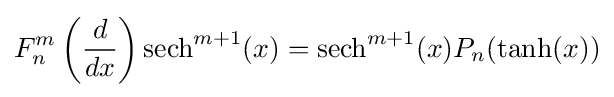
F_{n}^{m}\left({\frac {d}{dx}}\right)\operatorname {sech} ^{m+1}(x)=\operatorname {sech} ^{m+1}(x)P_{n}(\tanh(x))